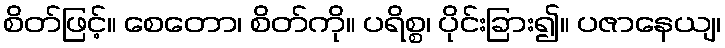
စိတ်ဖြင့်။ စေတော၊ စိတ်ကို။ ပရိစ္စ၊ ပိုင်းခြား၍။ ပဇာနေယျ၊